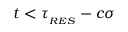
t < \tau _ { _ { R E S } } - c \sigma